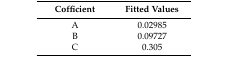
<table><thead><tr><td><b>Cofficient</b></td><td><b>Fitted Values</b></td></tr></thead><tbody><tr><td>A</td><td>0.02985</td></tr><tr><td>B</td><td>0.09727</td></tr><tr><td>C</td><td>0.305</td></tr></tbody></table>